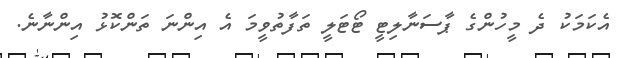
އެކަމަކު ދެ މީހުންގެ ޕާސަނާލިޓީ ޓޯޓަލީ ތަފާތުވީމަ އެ އިންނަ ތަންކޮޅު އިންނާނެ.